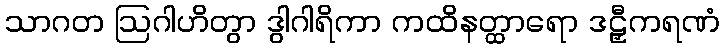
သာဂတ ဩဂါဟိတွာ ဒွါဂါရိကာ ကထိနတ္ထာရော ဒဠှီကရဏံ